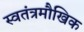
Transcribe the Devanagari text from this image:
स्वतंत्रमौखिक